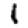
Digit: 1